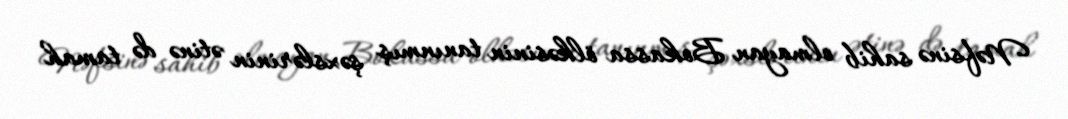
Nəfsinə sahib olmayan Bokassa ölkəsinin tanınmış şəxslərinin ətinə də tamah